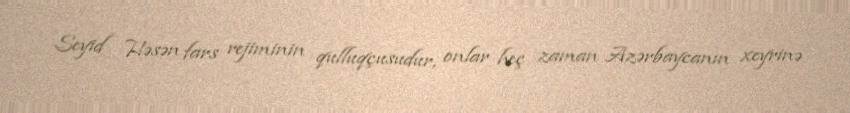
Seyid Həsən fars rejiminin qulluqçusudur, onlar heç zaman Azərbaycanın xeyrinə